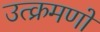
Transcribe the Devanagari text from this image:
उत्क्रमणों